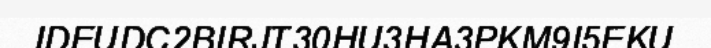
IDEUDC2BIRJT30HU3HA3PKM9I5EKU